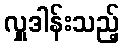
လှူဒါန်းသည့်